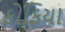
કોફિયા